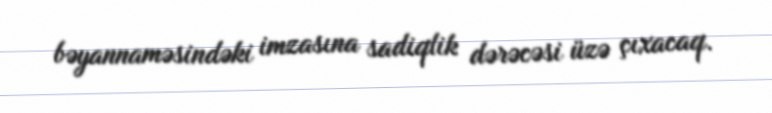
bəyannaməsindəki imzasına sadiqlik dərəcəsi üzə çıxacaq.